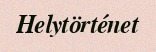
Helytörténet